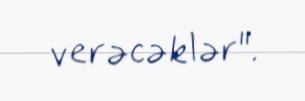
verəcəklər".